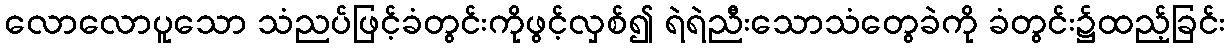
လောလောပူသော သံညပ်ဖြင့်ခံတွင်းကိုဖွင့်လှစ်၍ ရဲရဲညီးသောသံတွေခဲကို ခံတွင်း၌ထည့်ခြင်း